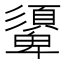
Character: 𩔾